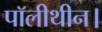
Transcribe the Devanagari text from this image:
पॉलीथीन।